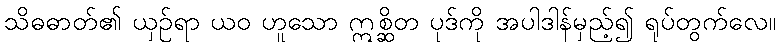
သိဓဓာတ်၏ ယှဉ်ရာ ယဝ ဟူသော ဣစ္ဆိတ ပုဒ်ကို အပါဒါန်မှည့်၍ ရုပ်တွက်လေ။